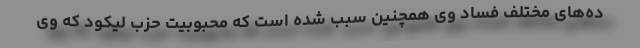
ده‌های مختلف فساد وی همچنین سبب شده است که محبوبیت حزب لیکود که وی